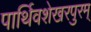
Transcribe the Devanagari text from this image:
पार्थिवशेखरपुरम्